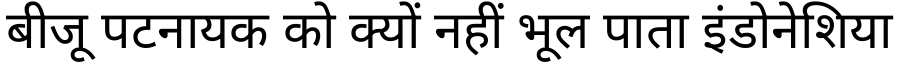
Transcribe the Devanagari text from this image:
बीजू पटनायक को क्यों नहीं भूल पाता इंडोनेशिया